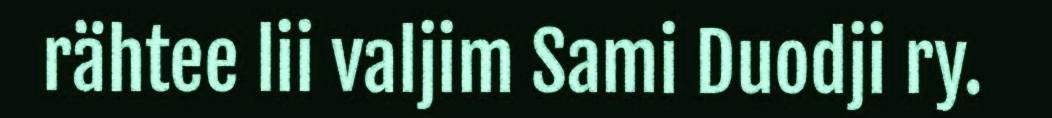
rähtee lii valjim Sami Duodji ry.